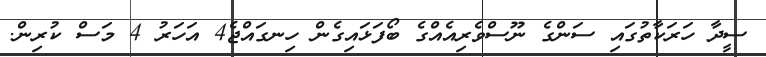
ސީދާ ހަރަކާތުގައި ސަންގެ ނޫސްވެރިއެއްގެ ބޯފަޅައިގެން ހިނގައްޖެ4 އަހަރު 4 މަސް ކުރިން.